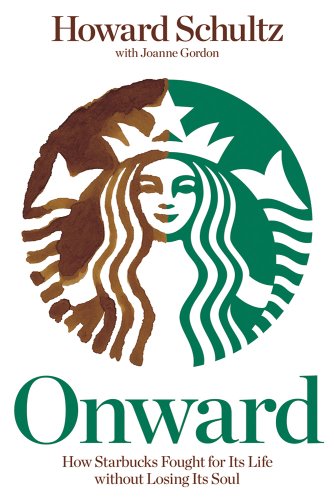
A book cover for Onward: How Starbucks Fought for Its Life without Losing Its Soul; Howard Schultz; Cookbooks, Food & Wine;